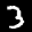
Label: 3